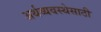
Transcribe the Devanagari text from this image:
अर्थव्यवस्थेसाठी